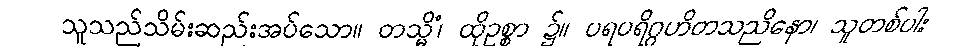
သူသည်သိမ်းဆည်းအပ်သော။ တသ္မိံ၊ ထိုဥစ္စာ ၌။ ပရပရိဂ္ဂဟိတသညိနော၊ သူတစ်ပါး